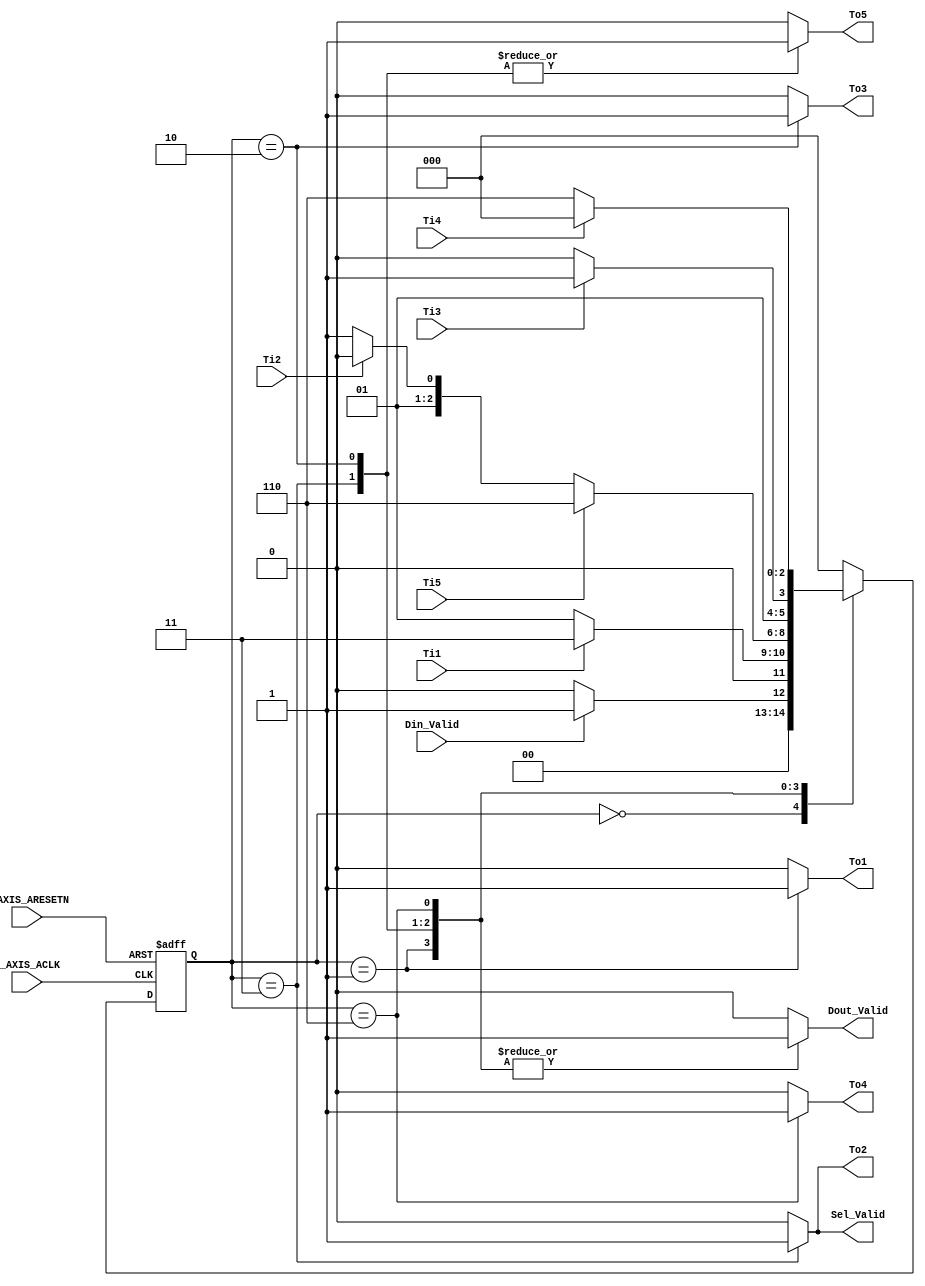
module FSM(
S_AXIS_ACLK,S_AXIS_ARESETN,Din_Valid,Ti1,Ti2,Ti3,Ti4,Ti5,To1,To2,To3,To4,To5,Sel_Valid,Dout_Valid
    );

    input S_AXIS_ACLK;
    input S_AXIS_ARESETN;
    input Din_Valid,Ti1,Ti2,Ti3,Ti4,Ti5; // 
    output reg Sel_Valid,Dout_Valid,To1,To2,To3,To4,To5; // 
    
    parameter   S0=3'b000, // Idle and End
                S1=3'b001, // 
                S2=3'b011, //  
                S3=3'b010, // 
                S4=3'b110; // 
    
    reg [2:0] cs; // 
    reg [2:0] ns; // 
    /*------------------------------------*/  
    always @(posedge S_AXIS_ACLK or negedge S_AXIS_ARESETN) begin
        if(!S_AXIS_ARESETN)
            cs <= S0;
        else
            cs <= ns;
    end
    /*------------------------------------*/
    always @(cs or Din_Valid or Ti1 or Ti2 or Ti3 or Ti4 or Ti5) begin
        ns = S0;
        case(cs)
            S0: ns = Din_Valid? S1:S0;
            S1: ns = Ti1? S2:S1;
            S2: ns = Ti5? S4:(Ti2? S3:S2);
            S3: ns = Ti3? S2:S3;
            S4: ns = Ti4? S0:S4;
       default: ns = S0;
        endcase
     end
     /*------------------------------------*/
     always @(cs) begin
        case(cs)
            S0: begin To1=0;To2=0;To3=0;To4=0;To5=0;Sel_Valid=0;Dout_Valid=0; end
            S1: begin To1=1;To2=0;To3=0;To4=0;To5=0;Sel_Valid=0;Dout_Valid=1; end
            S2: begin To1=0;To2=1;To3=0;To4=0;To5=1;Sel_Valid=1;Dout_Valid=1; end
            S3: begin To1=0;To2=0;To3=1;To4=0;To5=1;Sel_Valid=0;Dout_Valid=1; end
            S4: begin To1=0;To2=0;To3=0;To4=1;To5=0;Sel_Valid=0;Dout_Valid=1; end
       default: begin To1=0;To2=0;To3=0;To4=0;To5=0;Sel_Valid=0;Dout_Valid=0; end
        endcase
     end
   
endmodule